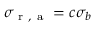
\sigma _ { \mathrm { ~ r ~ , ~ a ~ } } = c \sigma _ { b }